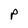
Character: p